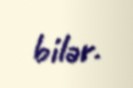
bilər.